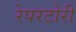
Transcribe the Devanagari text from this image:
रेपरटोरी